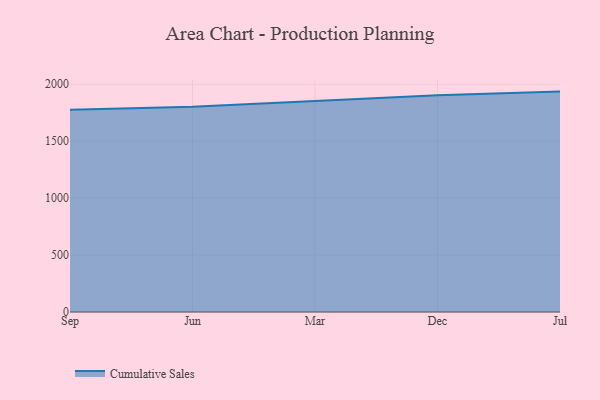
{"axis": {"x": "Month", "y": "Tickets Resolved"}, "legend": ["Cumulative Sales"], "data": [{"x": "Sep", "y": 1776.0, "type": "Cumulative Sales"}, {"x": "Jun", "y": 1801.8, "type": "Cumulative Sales"}, {"x": "Mar", "y": 1851.9, "type": "Cumulative Sales"}, {"x": "Dec", "y": 1903.6, "type": "Cumulative Sales"}, {"x": "Jul", "y": 1935.5, "type": "Cumulative Sales"}]}